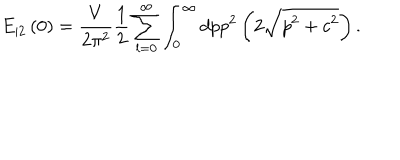
E _ { | 2 } \left( 0 \right) = \frac V { 2 \pi ^ { 2 } } \frac 1 2 \sum _ { l = 0 } ^ { \infty } \int _ { 0 } ^ { \infty } d p p ^ { 2 } \left( 2 \sqrt { p ^ { 2 } + c ^ { 2 } } \right) .